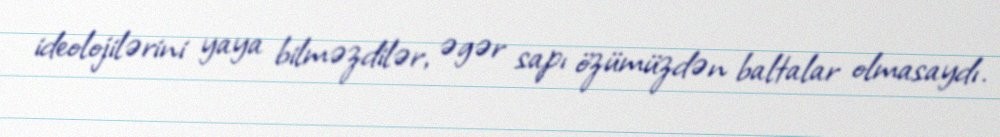
ideolojilərini yaya bilməzdilər, əgər sapı özümüzdən baltalar olmasaydı.